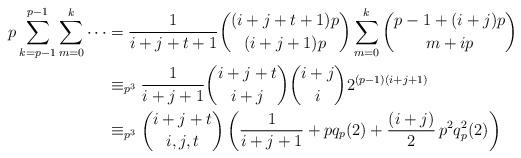
LaTeX: \begin{align*}p\sum_{k=p-1}^{p-1} \sum_{m=0}^{k}\cdots&=\frac{1}{i+j+t+1}\binom{(i+j+t+1)p}{(i+j+1)p}\sum_{m=0}^{k}\binom{p-1+(i+j)p}{m+ip}\\&\equiv_{p^3}\frac{1}{i+j+1}\binom{i+j+t}{i+j}\binom{i+j}{i}2^{(p-1)(i+j+1)}\\&\equiv_{p^3}\binom{i+j+t}{i,j,t}\left(\frac{1}{i+j+1}+pq_p(2)+\frac{(i+j)}{2}\,p^2q^2_p(2)\right)\end{align*}